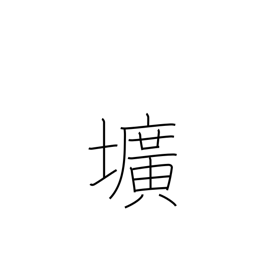
Meaning: hole